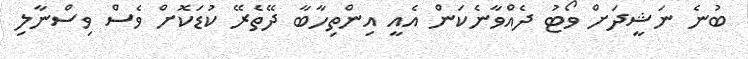
ބުނެ ނަޝީދަށް ވޯޓު ދެއްވާނެކަން އެއީ އިންތިހާބާ ދޭތެރޭ ކުޑަކޮށް ވެސް ވިސްނާލި